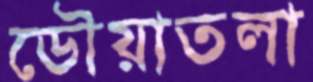
ডৌয়াতলা